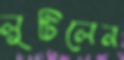
লুটিলেন